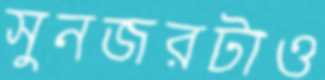
সুনজরটাও